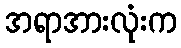
အရာအားလုံးက